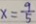
x = \frac { 9 } { 5 }